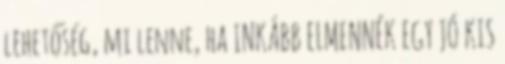
lehetőség, mi lenne, ha INKÁBB ELMENNÉK EGY JÓ KIS